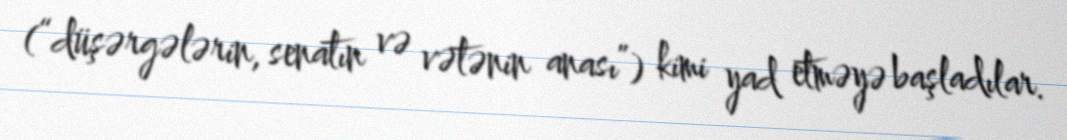
(“düşərgələrin, senatın və vətənin anası”) kimi yad etməyə başladılar.